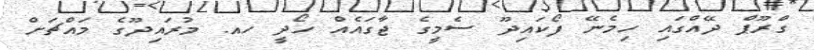
ގްރޫޕް ދޭއްގައި ހިމެނޭ ފޯކައިދޫ ސެމީގެ ޖާގައެއް ހޯދީ ހއ. މުރައިދޫގެ މައްޗަށް